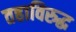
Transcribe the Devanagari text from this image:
तहाविरुद्ध